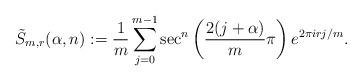
LaTeX: \begin{align*}\tilde{S}_{m,r}(\alpha,n):=\frac{1}{m}\sum_{j=0}^{m-1} \sec^{n}\left(\frac{2(j+\alpha)}{m}\pi\right) e^{2\pi i r j /m}.\end{align*}